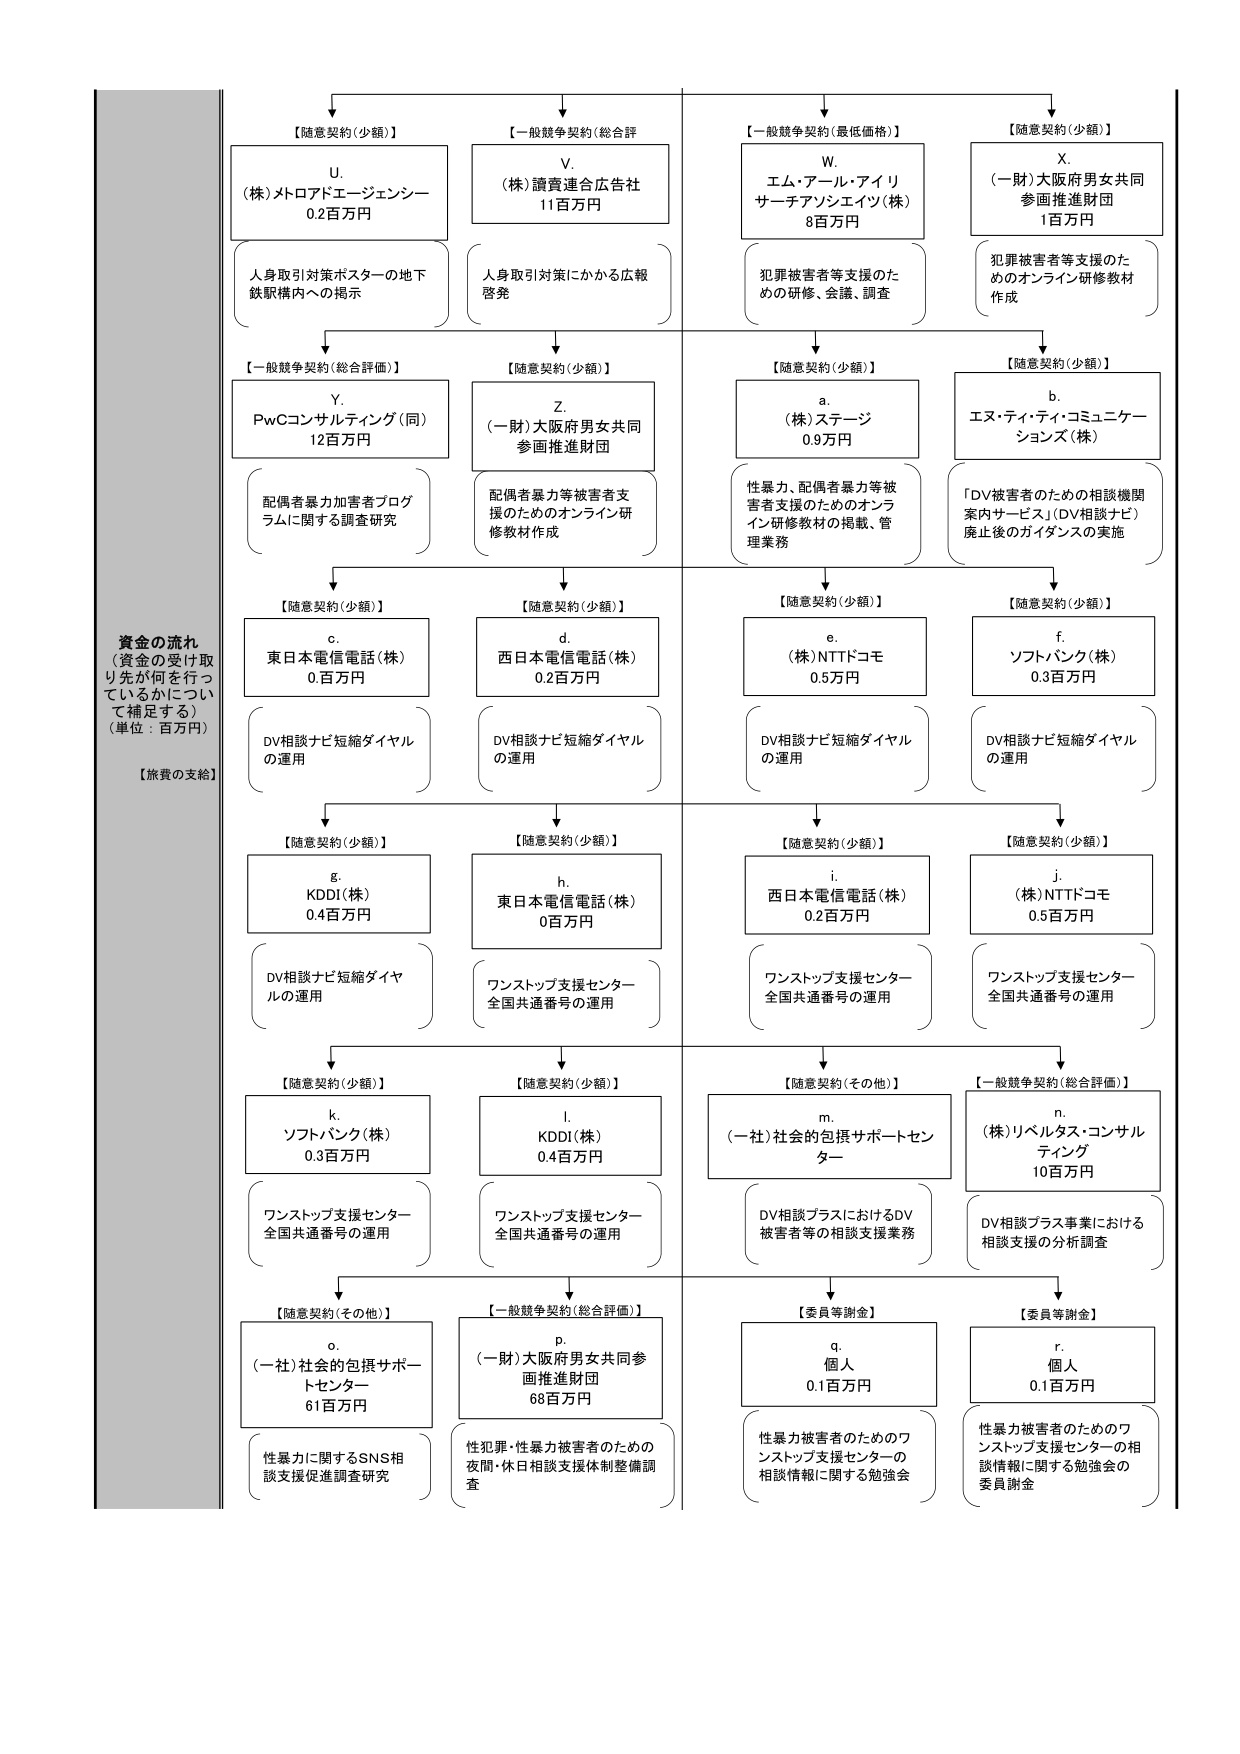
資金の流れ
（資金の受け取り先が何を行っているかについて補足する）
（単位：百万円）
【旅費の支給】

【随意契約（少額）】
U.
（株）メトロアドエージェンシー
0.2百万円
人身取引対策ポスターの地下鉄駅構内への掲示

【一般競争契約（総合評価）】
V.
（株）讀賣連合広告社
11百万円
人身取引対策にかかる広報啓発

【一般競争契約（最低価格）】
W.
エム・アール・アイリサーチアソシエイツ（株）
8百万円
犯罪被害者等支援のための研修、会議、調査

【随意契約（少額）】
X.
（一財）大阪府男女共同参画推進財団
1百万円
犯罪被害者等支援のためのオンライン研修教材作成

【一般競争契約（総合評価）】
Y.
PwCコンサルティング（同）
12百万円
配偶者暴力加害者プログラムに関する調査研究

【随意契約（少額）】
Z.
（一財）大阪府男女共同参画推進財団
配偶者暴力等被害者支援のためのオンライン研修教材作成

【随意契約（少額）】
a.
（株）ステージ
0.9万円
性暴力、配偶者暴力等被害者支援のためのオンライン研修教材の掲載、管理業務

【随意契約（少額）】
b.
エヌ・ティ・ティ・コミュニケーションズ（株）
「DV被害者のための相談機関案内サービス（DV相談ナビ）廃止後のガイダンスの実施

【随意契約（少額）】
c.
東日本電信電話（株）
0.0百万円
DV相談ナビ短縮ダイヤルの運用

【随意契約（少額）】
d.
西日本電信電話（株）
0.2百万円
DV相談ナビ短縮ダイヤルの運用

【随意契約（少額）】
e.
（株）NTTドコモ
0.5百万円
DV相談ナビ短縮ダイヤルの運用

【随意契約（少額）】
f.
ソフトバンク（株）
0.3百万円
DV相談ナビ短縮ダイヤルの運用

【随意契約（少額）】
g.
KDDI（株）
0.4百万円
DV相談ナビ短縮ダイヤルの運用

【随意契約（少額）】
h.
東日本電信電話（株）
0百万円
ワンストップ支援センター全国共通番号の運用

【随意契約（少額）】
i.
西日本電信電話（株）
0.2百万円
ワンストップ支援センター全国共通番号の運用

【随意契約（少額）】
j.
（株）NTTドコモ
0.5百万円
ワンストップ支援センター全国共通番号の運用

【随意契約（少額）】
k.
ソフトバンク（株）
0.3百万円
ワンストップ支援センター全国共通番号の運用

【随意契約（少額）】
l.
KDDI（株）
0.4百万円
ワンストップ支援センター全国共通番号の運用

【随意契約（その他）】
m.
（一社）社会的包摂サポートセンター
DV相談プラスにおけるDV被害者等の相談支援業務

【一般競争契約（総合評価）】
n.
（株）リベルタス・コンサルティング
10百万円
DV相談プラス事業における相談支援の分析調査

【随意契約（その他）】
o.
（一社）社会的包摂サポートセンター
61百万円
性暴力に関するSNS相談支援促進調査研究

【一般競争契約（総合評価）】
p.
（一財）大阪府男女共同参画推進財団
68百万円
性犯罪・性暴力被害者のための夜間・休日相談支援体制整備調査

【委員等謝金】
q.
個人
0.1百万円
性暴力被害者のためのワンストップ支援センターの相談情報に関する勉強会

【委員等謝金】
r.
個人
0.1百万円
性暴力被害者のためのワンストップ支援センターの相談情報に関する勉強会の委員謝金